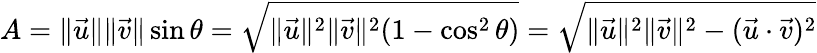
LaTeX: A=\| {\vec{u}}\| \| {\vec{v}}\| \sin\theta={\sqrt{\| {\vec{u}}\| ^{2}\| {\vec{v}}\| ^{2}(1-\cos^{2}\theta)}}={\sqrt{\| {\vec{u}}\| ^{2}\| {\vec{v}}\| ^{2}-({\vec{u}}\cdot{\vec{v}})^{2}}}